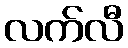
လက်လီ